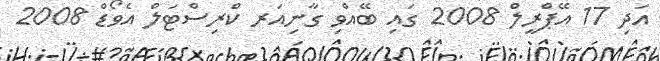
އަދި 17 އޭޕްރީލް 2008 ގައި ބޭއްވި ގާނިއަރ ކްރިސްޓަލް އެވޯޑް 2008